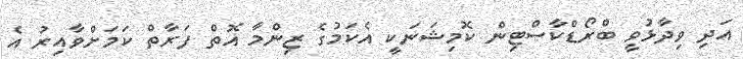
އަދި ވިދާޅުވީ ބްރޯޑްކާސްޓިން ކޮމިޝަނަކީ އެކަމުގެ ޒިންމާ އޮތް ފަރާތް ކަމަށްވާއިރު އެ